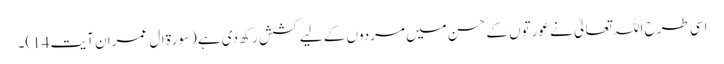
اسی طرح اللہ تعالیٰ نے عورتوں کے حسن میں مردوں کے لیے کشش رکھ دی ہے (سورۃ ال عمران آیت 14)۔